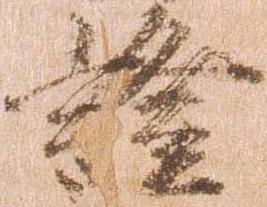
証